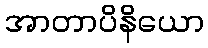
အာတာပိနိယော